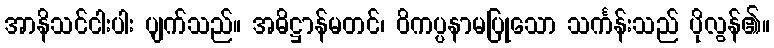
အာနိသင်ငါးပါး ပျက်သည်။ အဓိဋ္ဌာန်မတင်၊ ဝိကပ္ပနာမပြုသော သင်္ကန်းသည် ပိုလွန်၏။